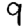
Digit: 9